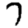
Digit: 7